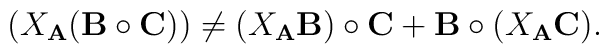
(X_{\bf A} ({\bf B}\circ{\bf C}))\neq (X_{\bf A}{\bf B})\circ {\bf C}+ {\bf B}\circ (X_{\bf A}{\bf C}).